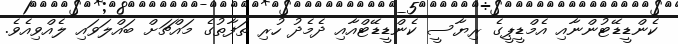
ކެންޑީޑޭޓުންނާއި އެމްޑީޕީގެ ރިޔާސީ ކެންޑީޑޭޓްއާއި ދެމެދު ހުރި ތަފާތުގެ މައްޗަށް ބައްލަވައި ލެއްވިއެވެ.